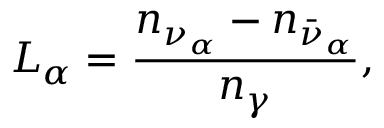
L _ { \alpha } = \frac { n _ { \nu _ { \alpha } } - n _ { \bar { \nu } _ { \alpha } } } { n _ { \gamma } } ,